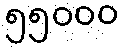
၅၅၀၀၀